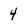
Character: 4